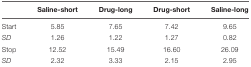
<table><thead><tr><td></td><td><b>Saline-short</b></td><td><b>Drug-long</b></td><td><b>Drug-short</b></td><td><b>Saline-long</b></td></tr></thead><tbody><tr><td>Start</td><td>5.85</td><td>7.65</td><td>7.42</td><td>9.65</td></tr><tr><td><i>SD</i></td><td>1.26</td><td>1.22</td><td>1.27</td><td>0.82</td></tr><tr><td>Stop</td><td>12.52</td><td>15.49</td><td>16.60</td><td>26.09</td></tr><tr><td><i>SD</i></td><td>2.32</td><td>3.33</td><td>2.15</td><td>2.95</td></tr></tbody></table>